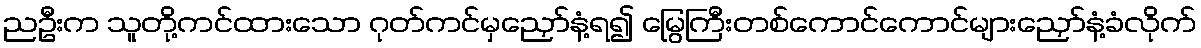
ညဦးက သူတို့ကင်ထားသော ဂုတ်ကင်မှညှော်နံ့ရ၍ မြွေကြီးတစ်ကောင်ကောင်များညှော်နံ့ခံလိုက်